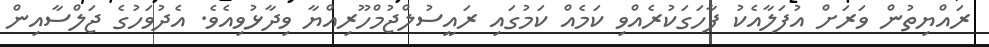
ރައްޔިތުން ވަރަށް އުފަލާއެކު ފާހަގަކުރެއްވި ކަމެއް ކަމުގައި ރައީސުލްޖުމްހޫރިއްޔާ ވިދާޅުވިއެވެ. އެދުވަހުގެ ޖަލްސާއިން